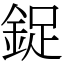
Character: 鋜